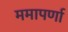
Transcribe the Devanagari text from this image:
ममापर्णा